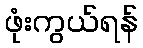
ဖုံးကွယ်ရန်